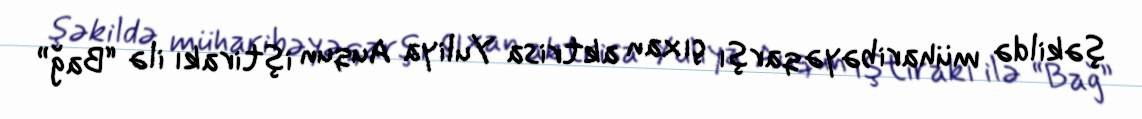
şəkildə müharibəyə qarşı çıxan aktrisa Yuliya Auqun iştirakı ilə “Bağ”